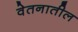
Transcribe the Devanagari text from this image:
वेतनातील